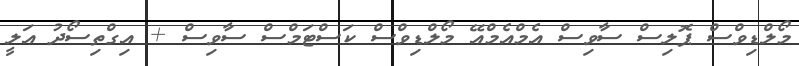
މޯލްޑިވްސް ޕޮލިސް ސާވިސް އެމްއެމްއޭ މޯލްޑިވްސް ކަސްޓަމްސް ސާވިސް + އިގްތިސޯދު އަލީ